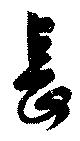
長